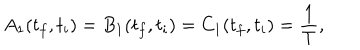
LaTeX: A _ { 1 } ( t _ { f } , t _ { i } ) = B _ { 1 } ( t _ { f } , t _ { i } ) = C _ { 1 } ( t _ { f } , t _ { i } ) = \frac { 1 } { T } ,